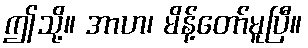
ဤသို့။ အာဟ၊ မိန့်တော်မူပြီ။